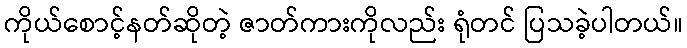
ကိုယ်စောင့်နတ်ဆိုတဲ့ ဇာတ်ကားကိုလည်း ရုံတင် ပြသခဲ့ပါတယ်။